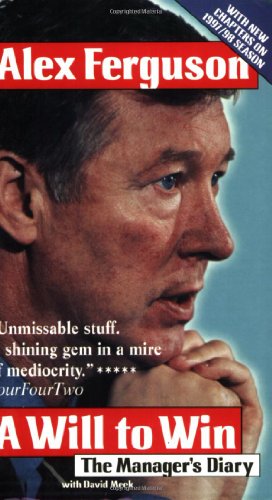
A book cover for A Will to Win: The Manager's Diary; Sir Alex Ferguson; Biographies & Memoirs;